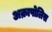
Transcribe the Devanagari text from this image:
अक्रापोलिस